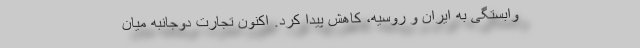
وابستگی به ایران و روسیه، کاهش پیدا کرد. اکنون تجارت دوجانبه میان